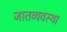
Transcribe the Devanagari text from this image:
जातव्यवस्था